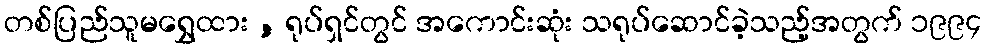
တစ်ပြည်သူမရွှေထား , ရုပ်ရှင်တွင် အကောင်းဆုံး သရုပ်ဆောင်ခဲ့သည့်အတွက် ၁၉၉၄